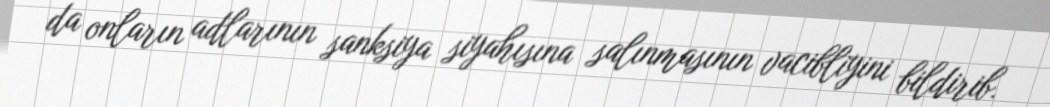
da onların adlarının sanksiya siyahısına salınmasının vacibliyini bildirib.